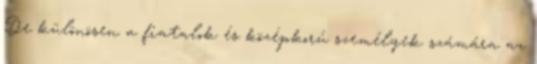
De különösen a fiatalok és középkorú személyek számára az